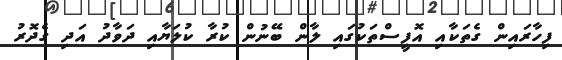
ފިހާރައިން ގެތަކާއި އޮފީސްތަކުގައި ލާން ބޭނުން ކުރާ ކުލަޔާއި ދަވާދު އަދި ގެދޮރު